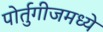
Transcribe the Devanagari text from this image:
पोर्तुगीजमध्ये